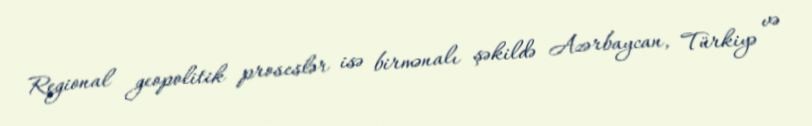
Regional geopolitik proseslər isə birmənalı şəkildə Azərbaycan, Türkiyə və